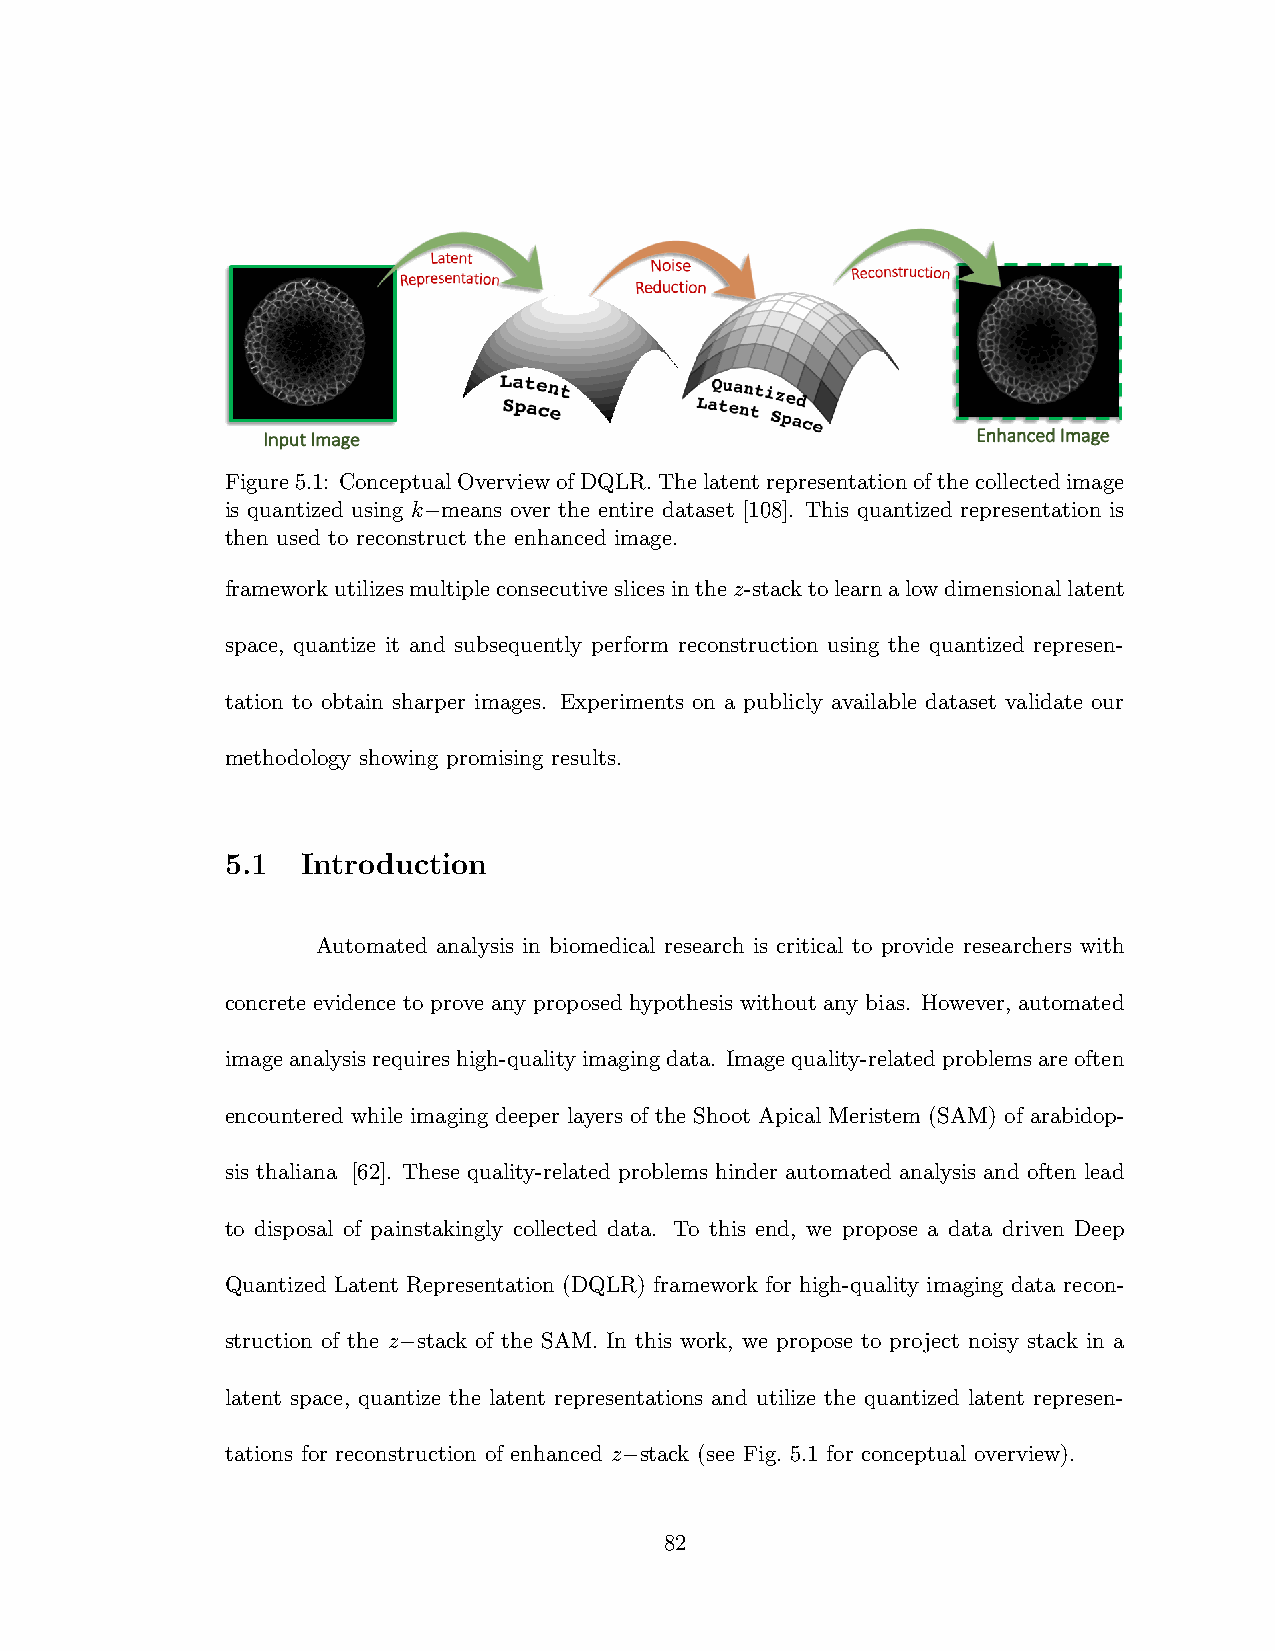
Figure5.1: ConceptualOverviewofDQLR.Thelatentrepresentationofthecollectedimage
 is quantized using k−means over the entire dataset [108]. This quantized representation is
 then used to reconstruct the enhanced image.
 frameworkutilizesmultipleconsecutiveslicesinthez-stacktolearnalowdimensionallatent
 space, quantize it and subsequently perform reconstruction using the quantized represen-
 tation to obtain sharper images. Experiments on a publicly available dataset validate our
 methodology showing promising results.
 5.1  Introduction
 Automated analysis in biomedical research is critical to provide researchers with
 concrete evidence to prove any proposed hypothesis without any bias. However, automated
 imageanalysisrequireshigh-qualityimagingdata. Imagequality-relatedproblemsareoften
 encountered while imaging deeper layers of the Shoot Apical Meristem (SAM) of arabidop-
 sis thaliana [62]. These quality-related problems hinder automated analysis and often lead
 to disposal of painstakingly collected data. To this end, we propose a data driven Deep
 Quantized Latent Representation (DQLR) framework for high-quality imaging data recon-
 struction of the z−stack of the SAM. In this work, we propose to project noisy stack in a
 latent space, quantize the latent representations and utilize the quantized latent represen-
 tations for reconstruction of enhanced z−stack (see Fig. 5.1 for conceptual overview).
 82